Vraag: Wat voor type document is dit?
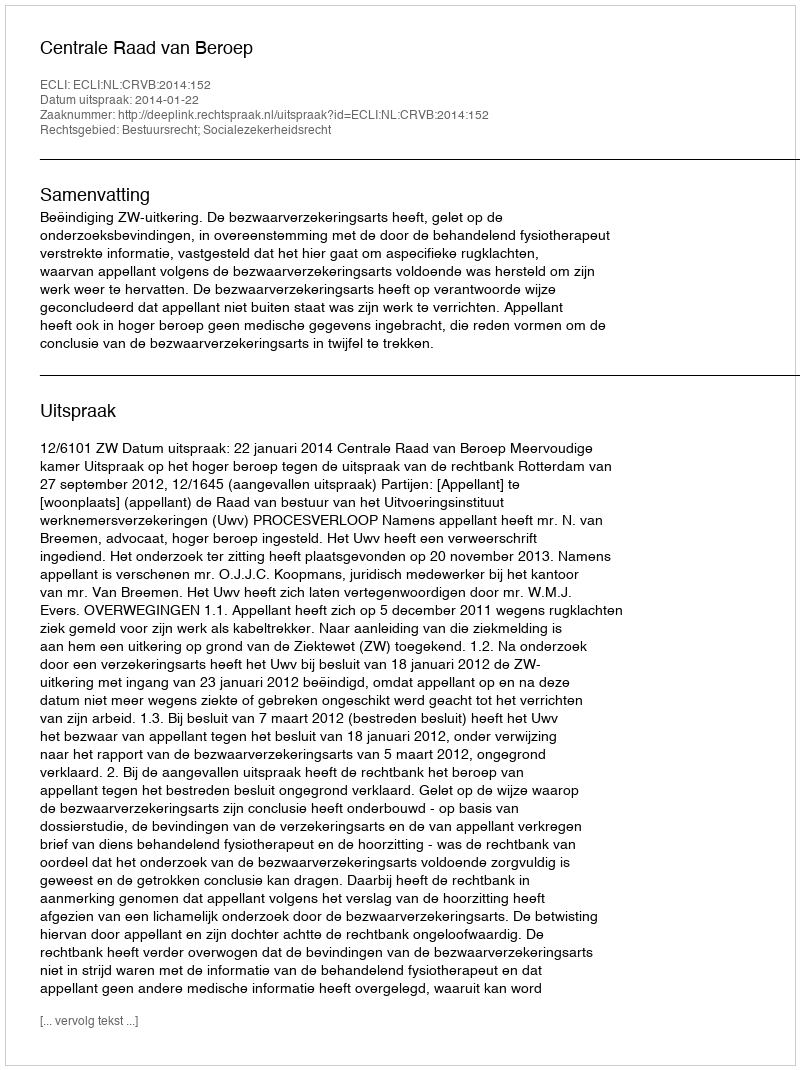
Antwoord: Uitspraak